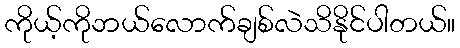
ကိုယ့်ကိုဘယ်လောက်ချစ်လဲသိနိုင်ပါတယ်။